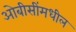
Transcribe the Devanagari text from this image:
ओबीसींमधील